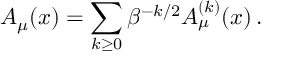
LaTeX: A _ { \mu } ( x ) = \sum _ { k \ge 0 } \beta ^ { - k / 2 } A _ { \mu } ^ { ( k ) } ( x ) \, .